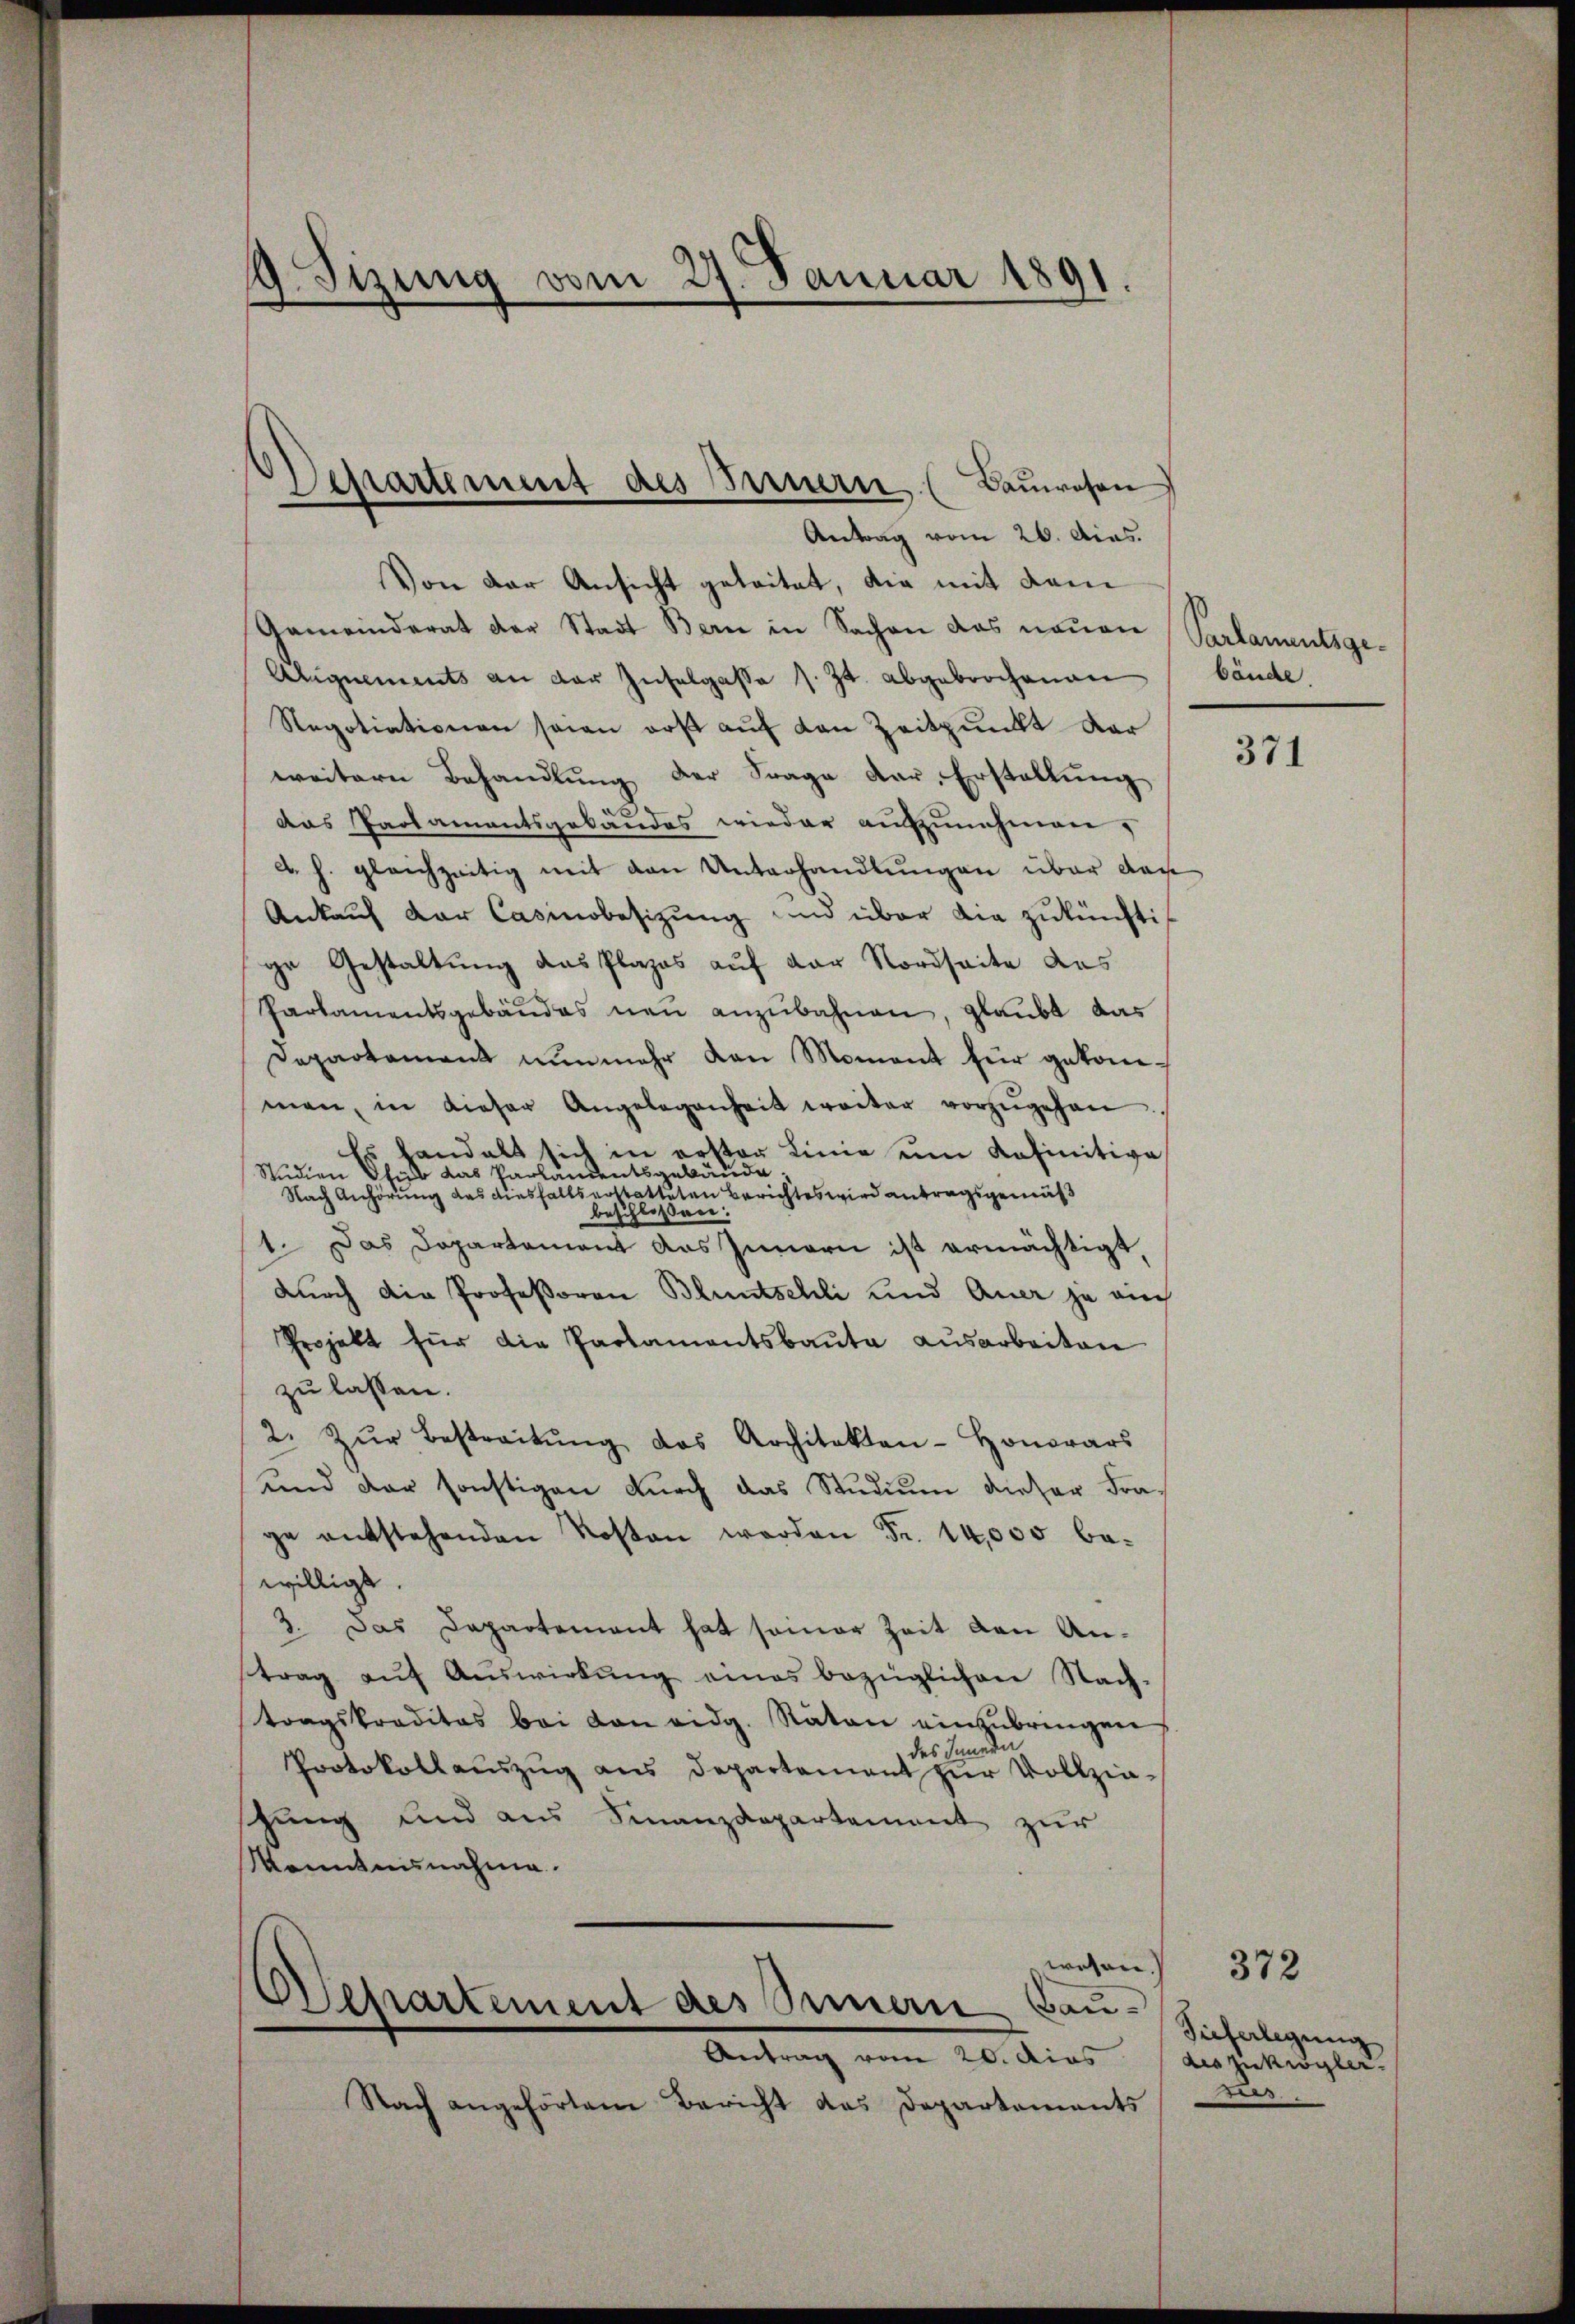
9. Stzung vom 27. Januar 1891.

Von der Ansicht geleitet, die mit dem
Gemeinderat der Stadt Bern in Sachen das neuen Parlamentsge¬
Aignements an der Inselgasse s. Zt. abgebrochenen bände
Negotiationen sein erst auf von Zeitpunkt dar
weitern Behandlung der Frage dar. Erstellung
das Parlamentsgebäudes wieder aufzunehmen.
d. h. gleichzeitig mit den Unterhandlungen über das
Ankauf der Casinobesizung und über die zukünftige Gestaltung das Plazes auf der Nordseite das
Parlamentsgebäudes neu anzubahnen, glaubt das
Departament nunmehr von Moment für gekonmen, in dieser Angelegenheit weiter vorzŭgehen
Es handelt sich in erster Linie eine Kafinitive
Studien Sub das Parlamentsgebäude.
Nach Anhörung das diesfalls erstatteten Berichtes wird antragsgemäß
beschlossen:
1. Das Departement das Innern ist ermächtigt.
durch die Professoren Bluntschli und Auer ja auch
Projekt für die Partamentsbaŭte ausarbeiten
zu lassen.
2. Zŭr Bestreitŭng des Architekten-Honorars
und der sonstigen durch das Studium dieser Fra-
ge entstehenden Kosten werden Fr. 14,000 bewilligt.
3. Das Dapartement hat seiner Zeit von Antrag aŭf Aŭswirkŭng eines bezüglichen Nach-
tragskreditas bei von eidg. Naton einzubringen
senden
des
Protokollauszug aus Departament zur Vollziehung und aus Finanzdepartement zur
Kenntnisnahme.
wesen.
(
Departement des Sinnern Bau¬
Antrag vom 20. dies des zukögler.
Nach angehörten Bericht das Departaments

Departement des Bernern (Bauwesen
Antrag vom 26. dies.

371

Tieferlegung
rs.

372